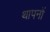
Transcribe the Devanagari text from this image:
थापनों